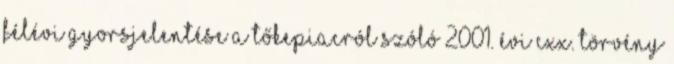
félévi gyorsjelentése A tőkepiacról szóló 2001. évi CXX. törvény